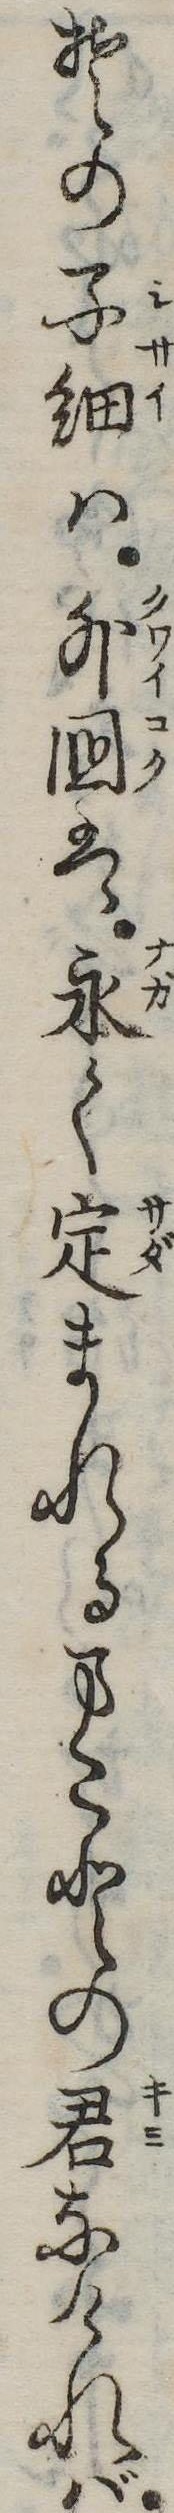
その子細は外国は永く定まれるまことの君なければ